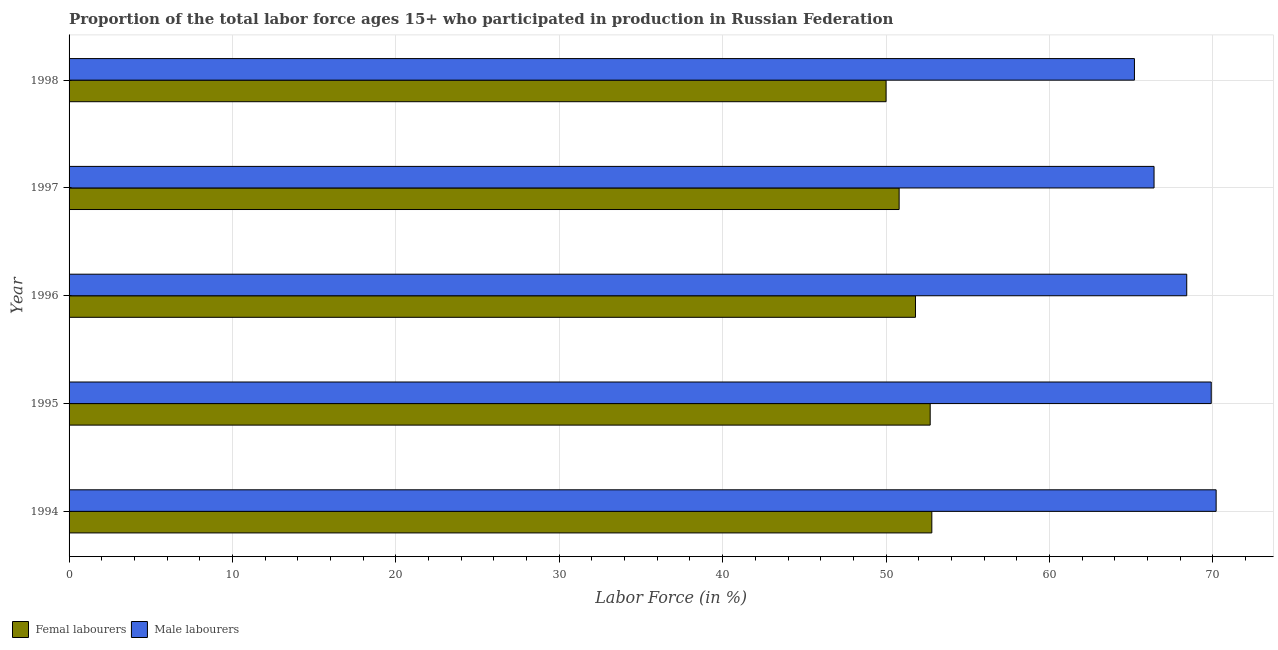
| Year | Femal labourers | Male labourers |
 | --- | --- | --- |
 | 1994 | 52.8 | 70.2 |
 | 1995 | 52.7 | 69.9 |
 | 1996 | 51.8 | 68.4 |
 | 1997 | 50.8 | 66.4 |
 | 1998 | 50 | 65.2 |